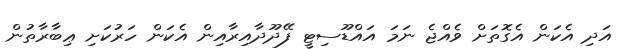
އަދި އެކަން އެގޮތަށް ވެއްޖެ ނަމަ އައްޑޫސިޓީ ފޭދޫދާއިރާއިން އެކަން ހަރުކަށި ޢިބާރާތުން